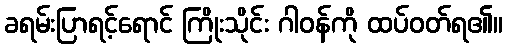
ခရမ်းပြာရင့်ရောင် ကြိုးသိုင်း ဂါဝန်ကို ထပ်ဝတ်ရ၏။